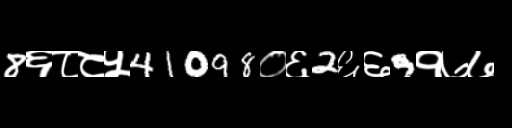
Text: 8६८८५41098०६2६६9१७७